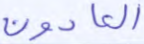
العادون